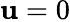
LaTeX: \mathbf{u}=0